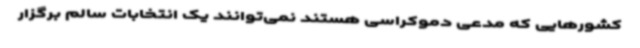
کشورهایی که مدعی دموکراسی هستند نمی‌توانند یک انتخابات سالم برگزار